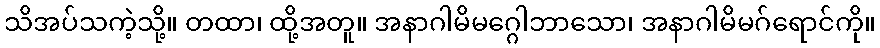
သိအပ်သကဲ့သို့။ တထာ၊ ထို့အတူ။ အနာဂါမိမဂ္ဂေါဘာသော၊ အနာဂါမိမဂ်ရောင်ကို။